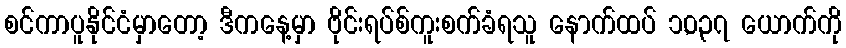
စင်ကာပူနိုင်ငံမှာတော့ ဒီကနေ့မှာ ဗိုင်းရပ်စ်ကူးစက်ခံရသူ နောက်ထပ် ၁,၀၃၇ ယောက်ကို